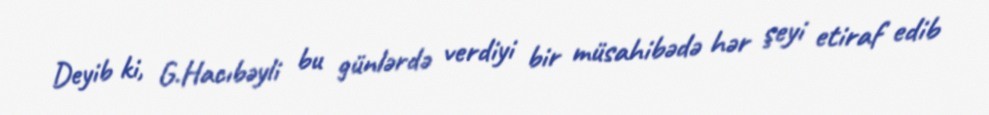
Deyib ki, G.Hacıbəyli bu günlərdə verdiyi bir müsahibədə hər şeyi etiraf edib